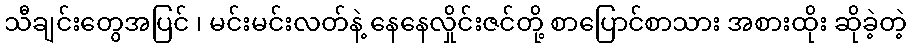
သီချင်းတွေအပြင် ၊ မင်းမင်းလတ်နဲ့ နေနေလှိုင်းဇင်တို့ စာပြောင်စာသား အစားထိုး ဆိုခဲ့တဲ့